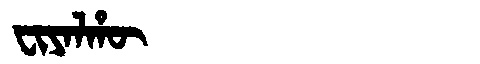
Manchu: ᠸᡳᠶᠠᠯᡥᡡ
Romanization: FIYALHŪ